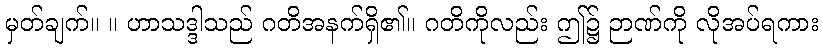
မှတ်ချက်။ ။ ဟာသဒ္ဒါသည် ဂတိအနက်ရှိ၏။ ဂတိကိုလည်း ဤ၌ ဉာဏ်ကို လိုအပ်ရကား